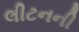
લીટનની